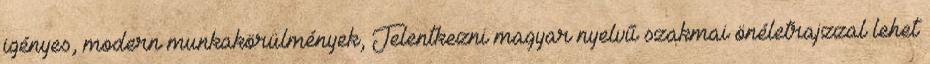
igényes, modern munkakörülmények, Jelentkezni magyar nyelvű szakmai önéletrajzzal lehet